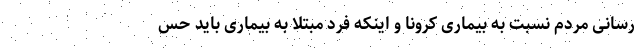
رسانی مردم نسبت به بیماری کرونا و اینکه فرد مبتلا به بیماری باید حس